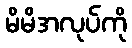
မိမိအလုပ်ကို